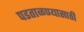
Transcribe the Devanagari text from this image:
पडताळण्यासाठी